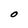
Character: O